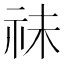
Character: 祙